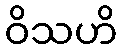
ဝိသဟိ